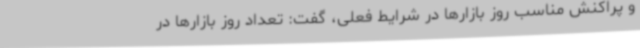
و پراکنش مناسب روز بازارها در شرایط فعلی، گفت: تعداد روز بازارها در